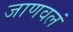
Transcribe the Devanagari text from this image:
जाणवलं